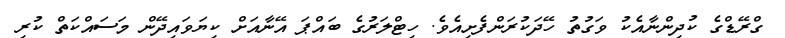
ގްރޭޑްގެ ކުދިންނާއެކު ވަގުތު ހޭދަކުރަންފެށިއެވެ. ހިޓްލަރުގެ ބައްޕަ އޭނާއަށް ކިޔަވައިދޭން މަސައްކަތް ކުރި